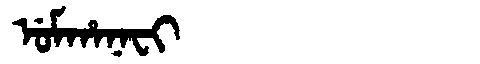
Manchu: ᡠᠮᡥᠠᠨᠠᠸᡳ
Romanization: UMHANAFI